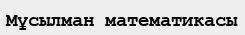
Мұсылман математикасы